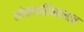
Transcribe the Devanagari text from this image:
लोकायतिकालाच